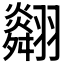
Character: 𦒪